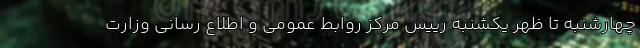
چهارشنبه تا ظهر یکشنبه رییس مرکز روابط عمومی و اطلاع رسانی وزارت